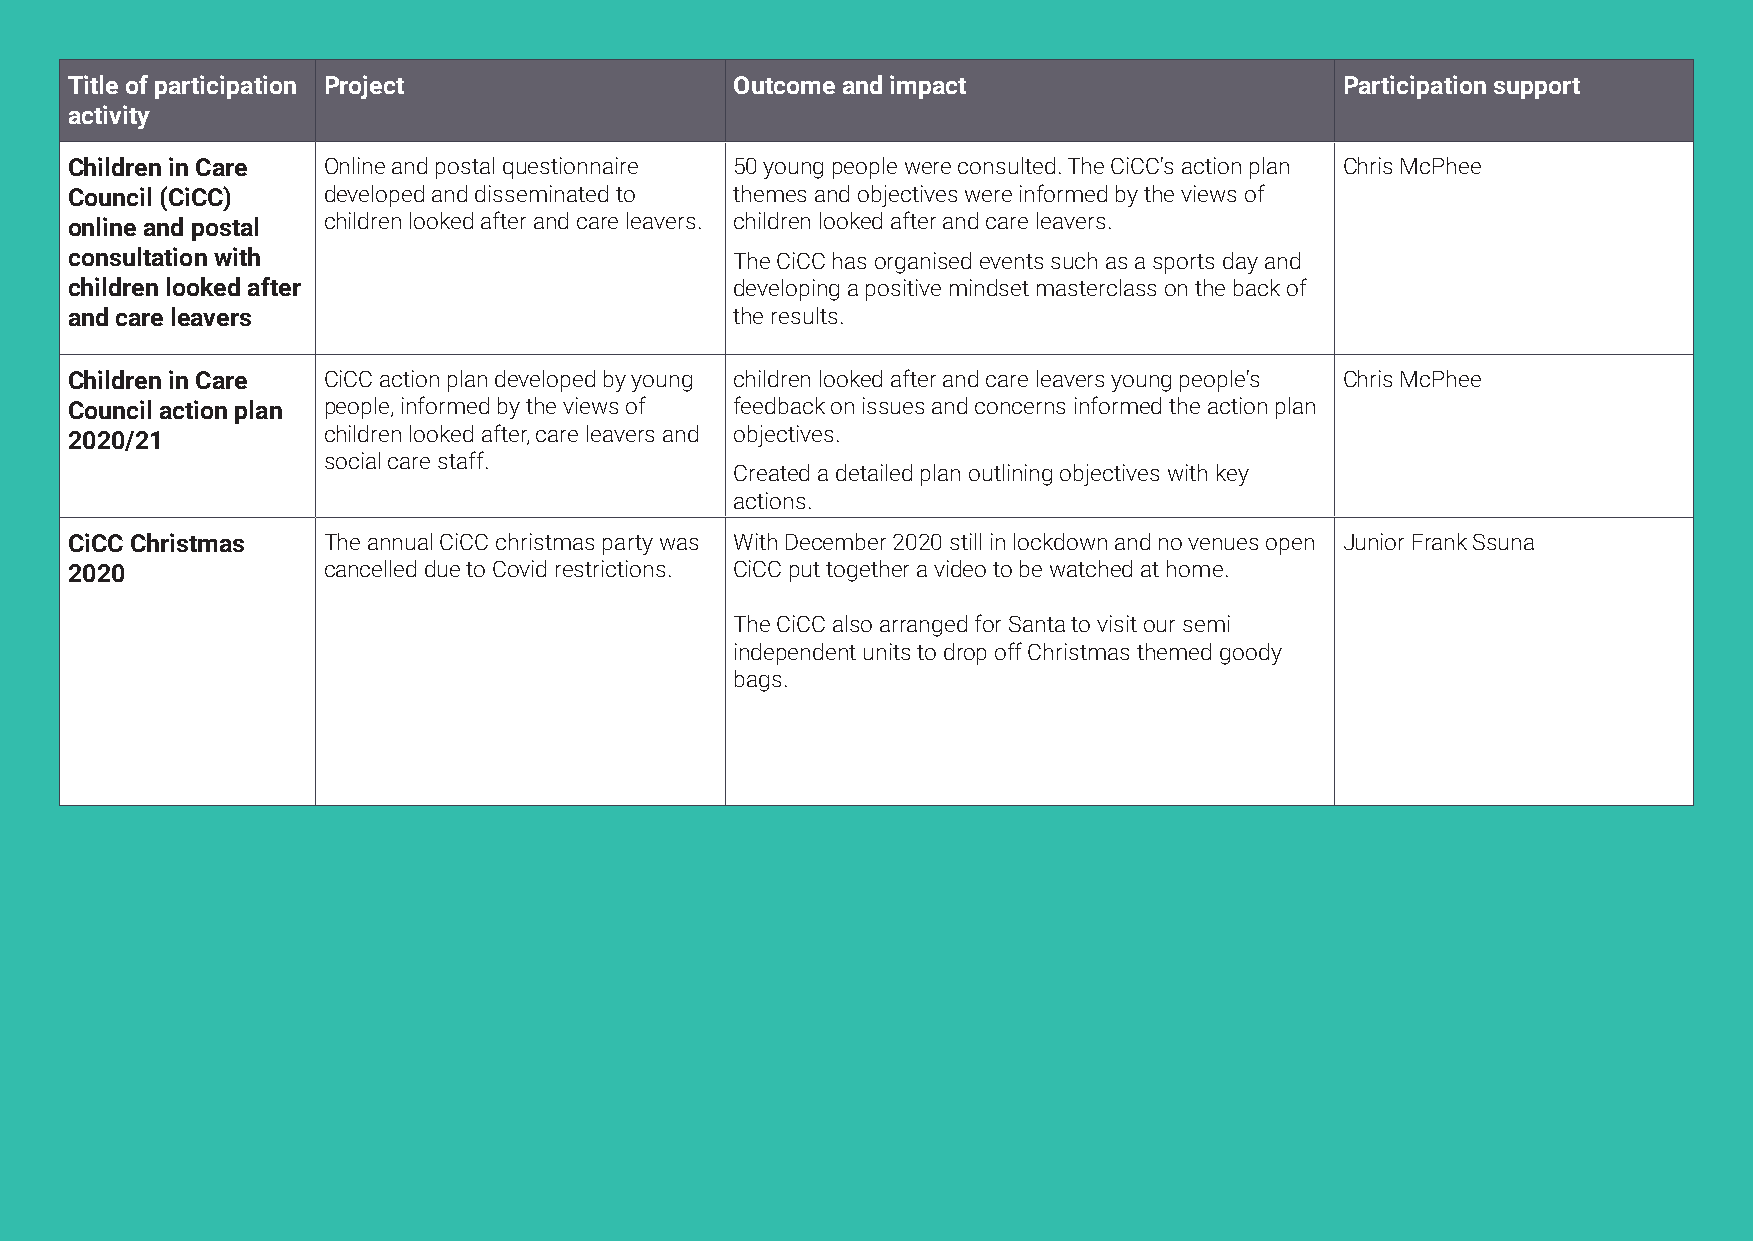
Title of participation Project               Outcome and impact                      Participation support
 activity
 Children in Care Online and postal questionnaire 50 young people were consulted. The CiCC's action plan Chris McPhee
 Council (CiCC)   developed and disseminated to themes and objectives were informed by the views of
 online and postal children looked after and care leavers. children looked after and care leavers.
 consultation with                            The CiCC has organised events such as a sports day and
 children looked after                        developing a positive mindset masterclass on the back of
 and care leavers                             the results.
 Children in Care CiCC action plan developed by young children looked after and care leavers young people's Chris McPhee
 Council action plan people, informed by the views of feedback on issues and concerns informed the action plan
 2020/21          children looked after, care leavers and objectives.
 social care staff.
 Created a detailed plan outlining objectives with key
 actions.
 CiCC Christmas   The annual CiCC christmas party was With December 2020 still in lockdown and no venues open Junior Frank Ssuna
 2020             cancelled due to Covid restrictions. CiCC put together a video to be watched at home.
 The CiCC also arranged for Santa to visit our semi
 independent units to drop off Christmas themed goody
 bags.